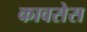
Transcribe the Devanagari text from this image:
कावसेस